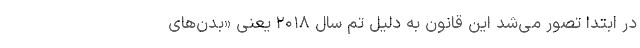
در ابتدا تصور می‌شد این قانون به دلیل تِم سال ۲۰۱۸ یعنی «بدن‌های